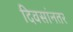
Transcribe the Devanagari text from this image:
दिवसांनतर